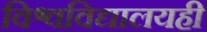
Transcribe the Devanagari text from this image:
विश्वविद्यालयही